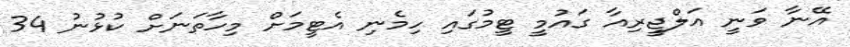
އޭނާ ވަނީ އަލްޖީރިއާ ގައުމީ ޓީމުގައި ހިމެނި އެޓީމަށް މިހާތަނަށް ކުޅުނު 34